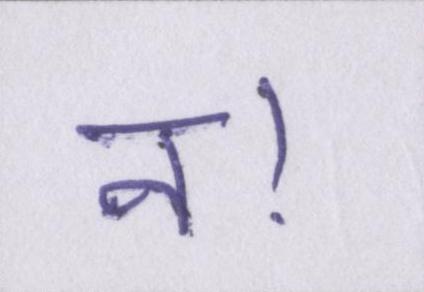
न।